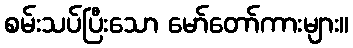
စမ်းသပ်ပြီးသော မော်တော်ကားများ။